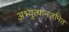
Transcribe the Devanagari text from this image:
अभ्युत्थानजनित